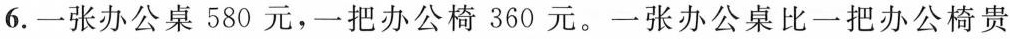
6.一张办公桌580元，一把办公椅360元。一张办公桌比一把办公椅贵